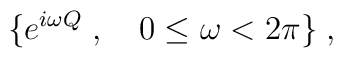
\{e^{i\omega Q}\; ,\quad 0\le\omega <2\pi\}\; ,